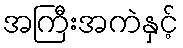
အကြီးအကဲနှင့်